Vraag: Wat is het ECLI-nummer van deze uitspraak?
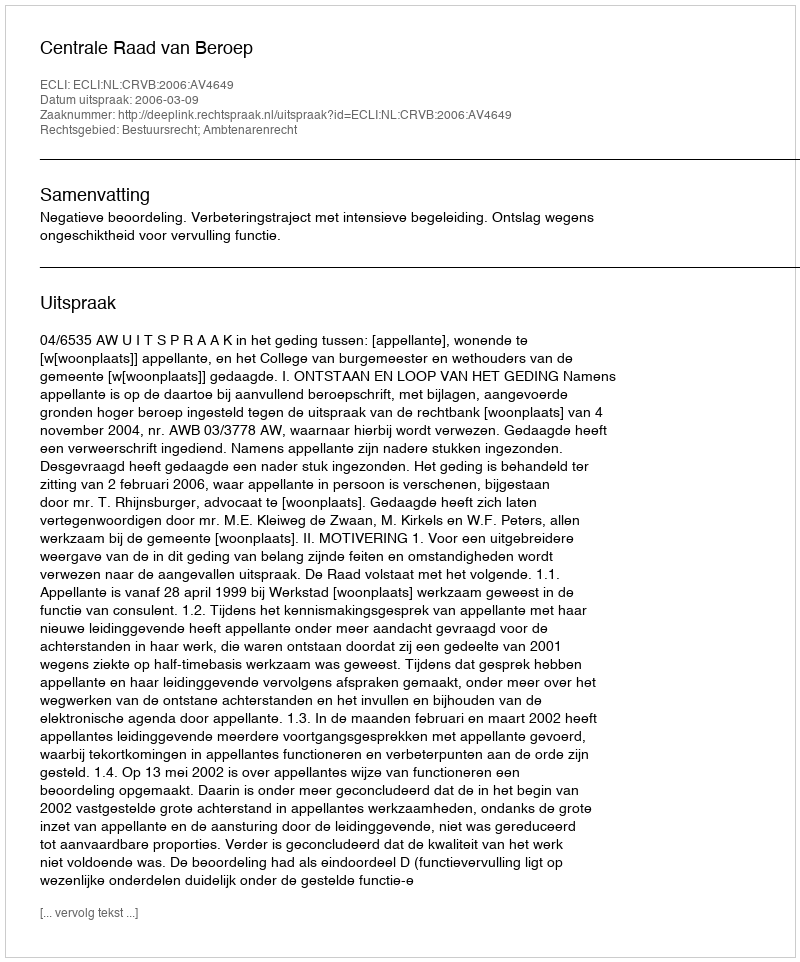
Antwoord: ECLI:NL:CRVB:2006:AV4649